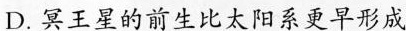
D. 冥王星的前生比太阳系更早形成